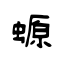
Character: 螈